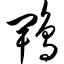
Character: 鹎